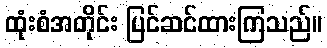
ထုံးစံအတိုင်း ပြင်ဆင်ထားကြသည်။